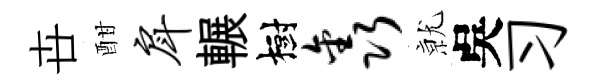
卋酣戽輾樹鑫𭕒吳习